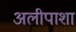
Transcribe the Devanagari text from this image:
अलीपाशा